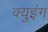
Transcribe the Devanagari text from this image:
क्युइंग